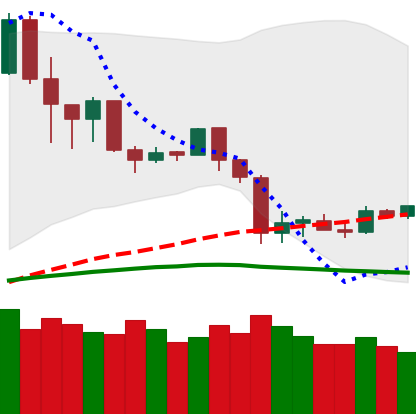
Ticker: TRX-USD
Chart end date: 2020-03-04
Forward return: -15.375%
Label: down_7plus